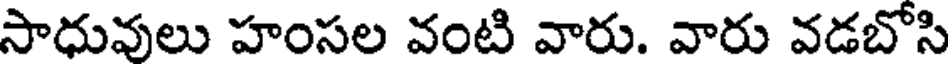
సాధువులు హంసల వంటి వారు. వారు వడబోసి